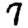
Digit: 7